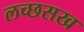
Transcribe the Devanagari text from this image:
लच्छसख